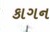
કાગન